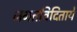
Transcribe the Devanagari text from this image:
जगतविदिताये